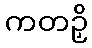
ကတဉှိ